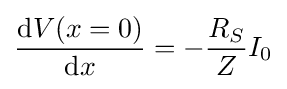
{\frac {\mathrm {d} V(x=0)}{\mathrm {d} x}}=-{\frac {R_{S}}{Z}}I_{0}